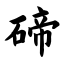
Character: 碲